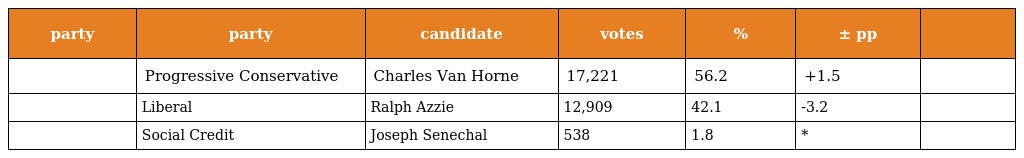
| party | party | candidate | votes | % | ± pp |  |
 | --- | --- | --- | --- | --- | --- | --- |
 |  | Progressive Conservative | Charles Van Horne | 17,221 | 56.2 | +1.5 |  |
 |  | Liberal | Ralph Azzie | 12,909 | 42.1 | -3.2 |  |
 |  | Social Credit | Joseph Senechal | 538 | 1.8 | * |  |